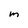
Character: m